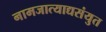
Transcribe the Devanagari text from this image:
नामजात्याद्यसंयुत